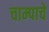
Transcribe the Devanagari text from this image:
चाम्पाचे